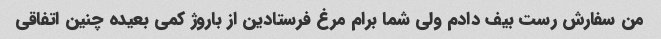
من سفارش رست بیف دادم ولی شما برام مرغ فرستادین از باروژ کمی بعیده چنین اتفاقی